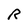
Character: R